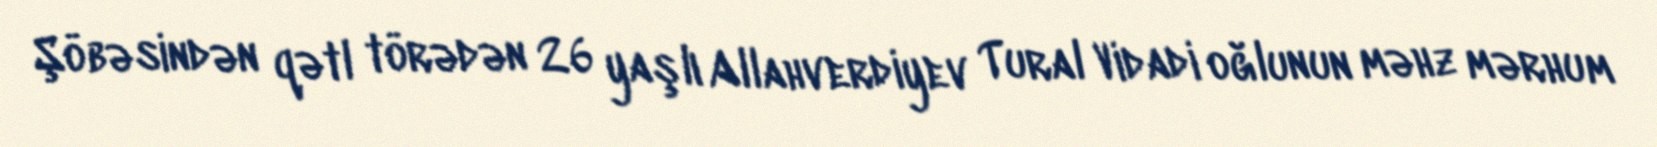
Şöbəsindən qətl törədən 26 yaşlı Allahverdiyev Tural Vidadi oğlunun məhz mərhum